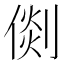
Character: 𠋴